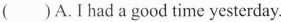
( )A. I had a good time yesterday.